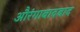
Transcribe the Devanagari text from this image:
औरंगाबादबाद